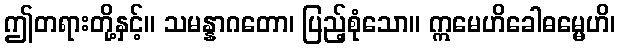
ဤတရားတို့နှင့်။ သမန္နာဂတော၊ ပြည့်စုံသော။ ဣမေဟိခေါဓမ္မေဟိ၊